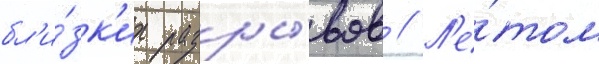
бл'и́зк'их разры́вов // Л'е́том